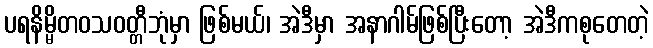
ပရနိမ္မိတဝသဝတ္တီဘုံမှာ ဖြစ်မယ်၊ အဲဒီမှာ အနာဂါမ်ဖြစ်ပြီးတော့ အဲဒီကစုတေတဲ့